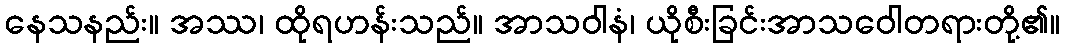
နေသနည်း။ အဿ၊ ထိုရဟန်းသည်။ အာသဝါနံ၊ ယိုစီးခြင်းအာသဝေါတရားတို့၏။